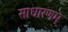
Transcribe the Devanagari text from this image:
साधारणम्